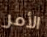
الأمر